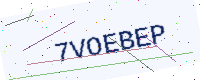
Text: 7VOEBEP